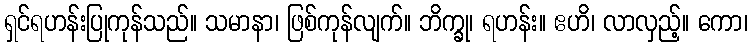
ရှင်ရဟန်းပြုကုန်သည်။ သမာနာ၊ ဖြစ်ကုန်လျက်။ ဘိက္ခု၊ ရဟန်း။ ဧဟိ၊ လာလှည့်။ ကော၊